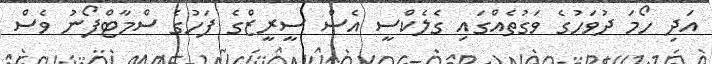
އަދި ހޯމަ ދުވަހުގެ ވަގުތެއްގައި ގެލެކްސީ އެސް ސީރީޒްގެ ފަހުގެ ސްމާޓްފޯނު ވެސް